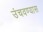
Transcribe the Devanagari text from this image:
उंचवण्यास